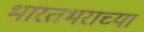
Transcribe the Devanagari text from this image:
भारतभराच्‍या